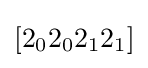
[2_{0}2_{0}2_{1}2_{1}]